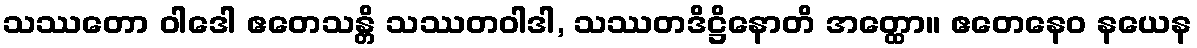
သဿတော ဝါဒေါ ဧတေသန္တိ သဿတဝါဒါ, သဿတဒိဋ္ဌိနောတိ အတ္ထော။ ဧတေနေဝ နယေန